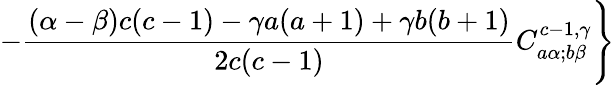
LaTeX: -\frac{(\alpha-\beta)c(c-1)-\gamma a(a+1)+\gamma b(b+1)}{2c(c-1)}C_{a\alpha;b\beta}^{c-1,\gamma}\Biggr\}